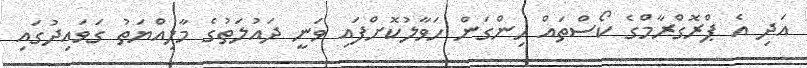
އަދި އެ ޕްރޮގްރާމްގެ ކޯސްތައް ހިންގަން ހަވާލުކޮށްފައި ވަނީ ދައުލަތުގެ މާލިއްޔަތު ގަވައިދުގައި